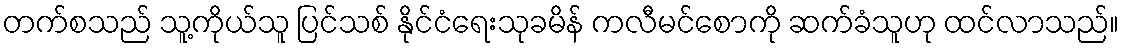
တက်စသည် သူ့ကိုယ်သူ ပြင်သစ် နိုင်ငံရေးသုခမိန် ကလီမင်စောကို ဆက်ခံသူဟု ထင်လာသည်။